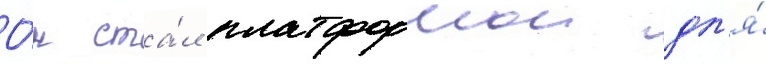
О́н ста́л платформои дл'я́